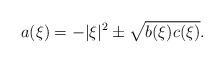
LaTeX: \begin{align*}a(\xi)=-|\xi|^2\pm\sqrt{b(\xi)c(\xi)}.\end{align*}